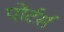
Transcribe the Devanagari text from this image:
पोर्टर्स